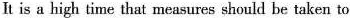
It is a high time that measures should be taken to